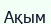
Ақым